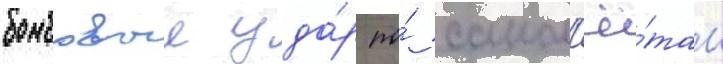
бомбовыи уда́р по́ самол'ё́там